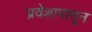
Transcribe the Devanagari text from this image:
प्रवेशापासून